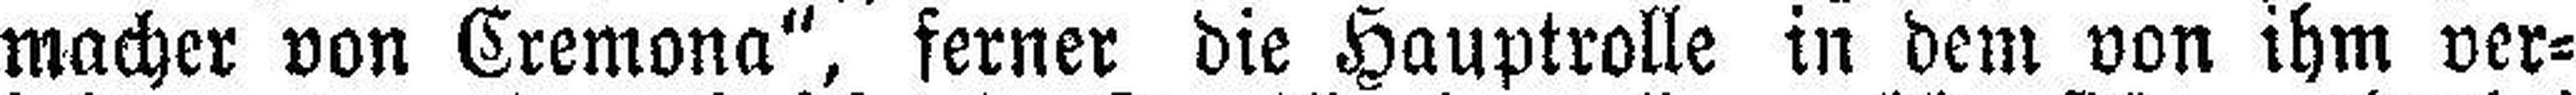
macher von Cremona“, ferner die Hauptrolle in dem von ihm ver¬